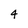
Character: 4